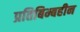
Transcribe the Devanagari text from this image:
प्रतिबिम्बहीन